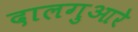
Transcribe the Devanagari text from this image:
दालगुआरे